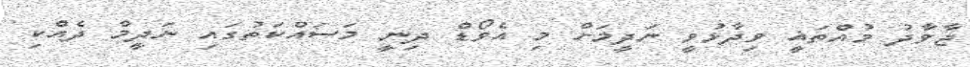
ޖާވާދު މުއްތަޣީ ވިދާޅުވީ ނަދީމަށް މި އެވޯޑް ދިނީ މަސައްކަތުގައި ނަދީމް ދެއްކި